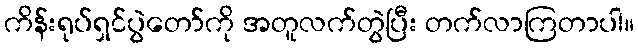
ကိန်းရုပ်ရှင်ပွဲတော်ကို အတူလက်တွဲပြီး တက်လာကြတာပါ။